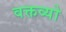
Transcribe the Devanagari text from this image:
वक्तव्यो